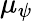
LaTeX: \mu_{\psi}